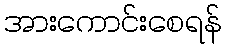
အားကောင်းစေရန်